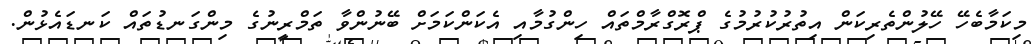
މިކަމާބެހޭ ހޭލުންތެރިކަން އިތުރުކުރުމުގެ ޕްރޮގްރާމްތައް ހިންގުމާއި އެކަންކަމަށް ބޭނުންވާ ތަމްރީނުގެ މިންގަނޑުތައް ކަނޑައެޅުން.